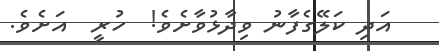
އަދި ކަލޭގެފާނު ވިދާޅުވާށެވެ!  ހުރީ  އަށެވެ.